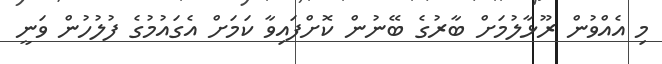
މި އެއްވުން ރޫޅާލުމަށް ބާރުގެ ބޭނުން ކޮށްފައިވާ ކަމަށް އެގައުމުގެ ފުލުުހުން ވަނީ